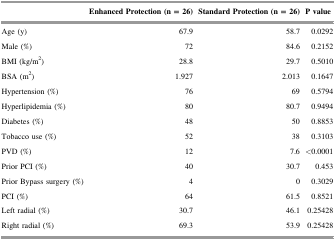
|  | Enhanced Protection (n = 26) | Standard Protection (n = 26) | P value |
 | --- | --- | --- | --- |
 | Age (y) | 67.9 | 58.7 | 0.0292 |
 | Male (%) | 72 | 84.6 | 0.2152 |
 | BMI (kg/m2) | 28.8 | 29.7 | 0.5010 |
 | BSA (m2) | 1.927 | 2.013 | 0.1647 |
 | Hypertension (%) | 76 | 69 | 0.5794 |
 | Hyperlipidemia (%) | 80 | 80.7 | 0.9494 |
 | Diabetes (%) | 48 | 50 | 0.8853 |
 | Tobacco use (%) | 52 | 38 | 0.3103 |
 | PVD (%) | 12 | 7.6 | <0.0001 |
 | Prior PCI (%) | 40 | 30.7 | 0.453 |
 | Prior Bypass surgery (%) | 4 | 0 | 0.3029 |
 | PCI (%) | 64 | 61.5 | 0.8521 |
 | Left radial (%) | 30.7 | 46.1 | 0.25428 |
 | Right radial (%) | 69.3 | 53.9 | 0.25428 |